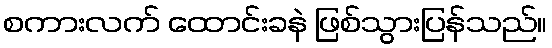
စကားလက် ထောင်းခနဲ ဖြစ်သွားပြန်သည်။